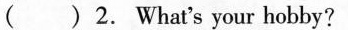
( ) 2. What's your hobby?